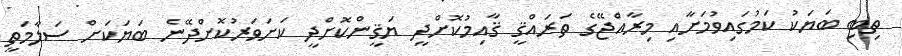
ތިބި ބަޔަކު ކަމުގައިވުމަށާއި މިރާއްޖޭގެ ތަރައްޤީ ޤާއިމުކޮށްދީ ޔަޤީންކޮށްދީ ކަށަވަރުކޮށްދޭނެ ބަޔަކަށް ސަލާމަތީ